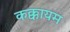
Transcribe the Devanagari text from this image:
कक्कायम